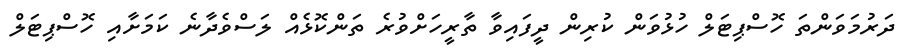
ދަރުމަވަންތަ ހޮސްޕިޓަލް ހުޅުވަން ކުރިން ދީފައިވާ ތާރީހަށްވުރެ ތަންކޮޅެއް ލަސްވެދާނެ ކަމަށާއި ހޮސްޕިޓަލް